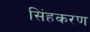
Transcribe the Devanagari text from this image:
सिंहकरण